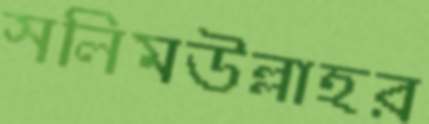
সলিমউল্লাহর